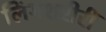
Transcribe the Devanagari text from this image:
लिंगशरीरीं